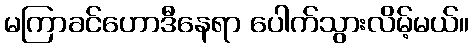
မကြာခင်ဟောဒီနေရာ ပေါက်သွားလိမ့်မယ်။